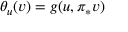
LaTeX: \theta _ { u } ( v ) = g ( u , \pi _ { * } v )